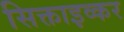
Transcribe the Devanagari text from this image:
सिक्ताइव्कर